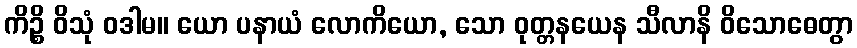
ကိဉ္စိ ဝိသုံ ဝဒါမ။ ယော ပနာယံ လောကိယော, သော ဝုတ္တနယေန သီလာနိ ဝိသောဓေတွာ